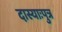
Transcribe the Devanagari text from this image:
दास्याःपुत्र